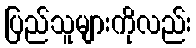
ပြည်သူများကိုလည်း